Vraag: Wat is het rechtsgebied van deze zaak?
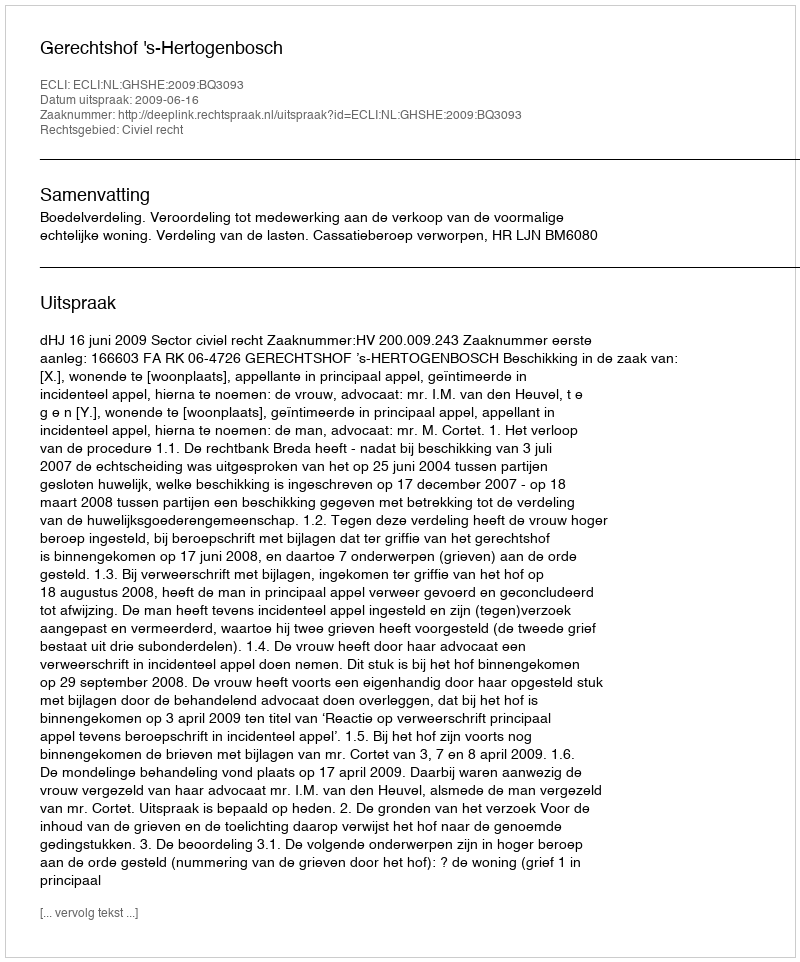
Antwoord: Civiel recht